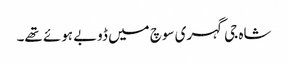
شاہ جی گہری سوچ میں ڈوبے ہوئے تھے۔